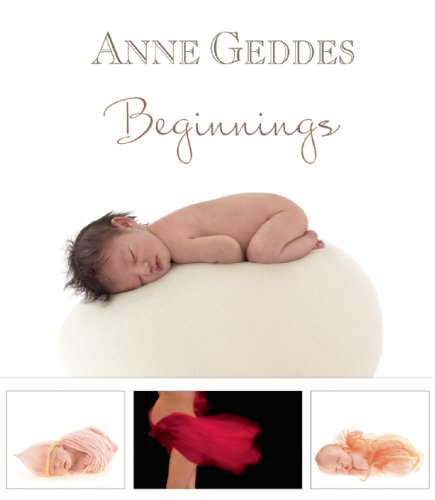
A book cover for Beginnings; Arts & Photography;